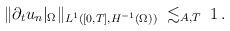
LaTeX: \begin{align*} \begin{aligned} \Vert&\partial_tu_n|_\Omega\Vert_{L^1([0,T],H^{-1}(\Omega))}\; \lesssim_{A,T}\; 1\,.\end{aligned}\end{align*}